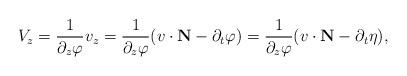
LaTeX: \begin{align*} V_z=\frac{1}{\partial_z\varphi}v_z=\frac{1}{\partial_z\varphi}(v\cdot\mathbf{N}-\partial_t\varphi)=\frac{1}{\partial_z\varphi}(v\cdot\mathbf{N}-\partial_t\eta),\end{align*}